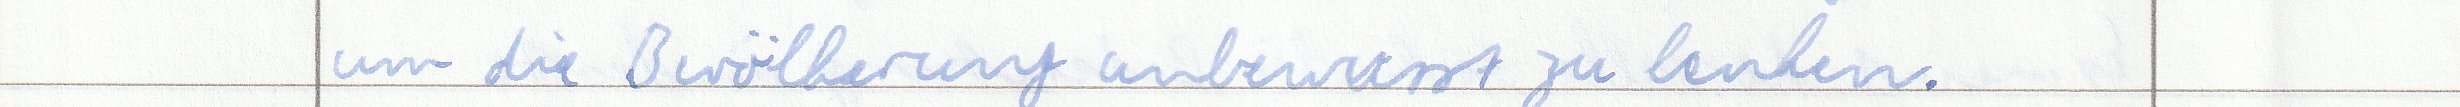
um die Bevölkerung unbewusst zu lenken.